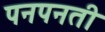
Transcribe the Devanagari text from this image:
पनपनती